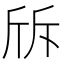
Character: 𣂙